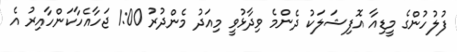
ފުލުހުންގެ މީޑިއާ އޮފިޝަލަކު ދެންމެ ވިދާޅުވީ މިއަދު މެންދުރު 1:00 ޖަހާއެހާކަންހާއިރު އެ